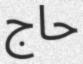
حاج